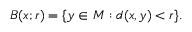
B ( x ; r ) = \{ y \in M : d ( x , y ) < r \} .